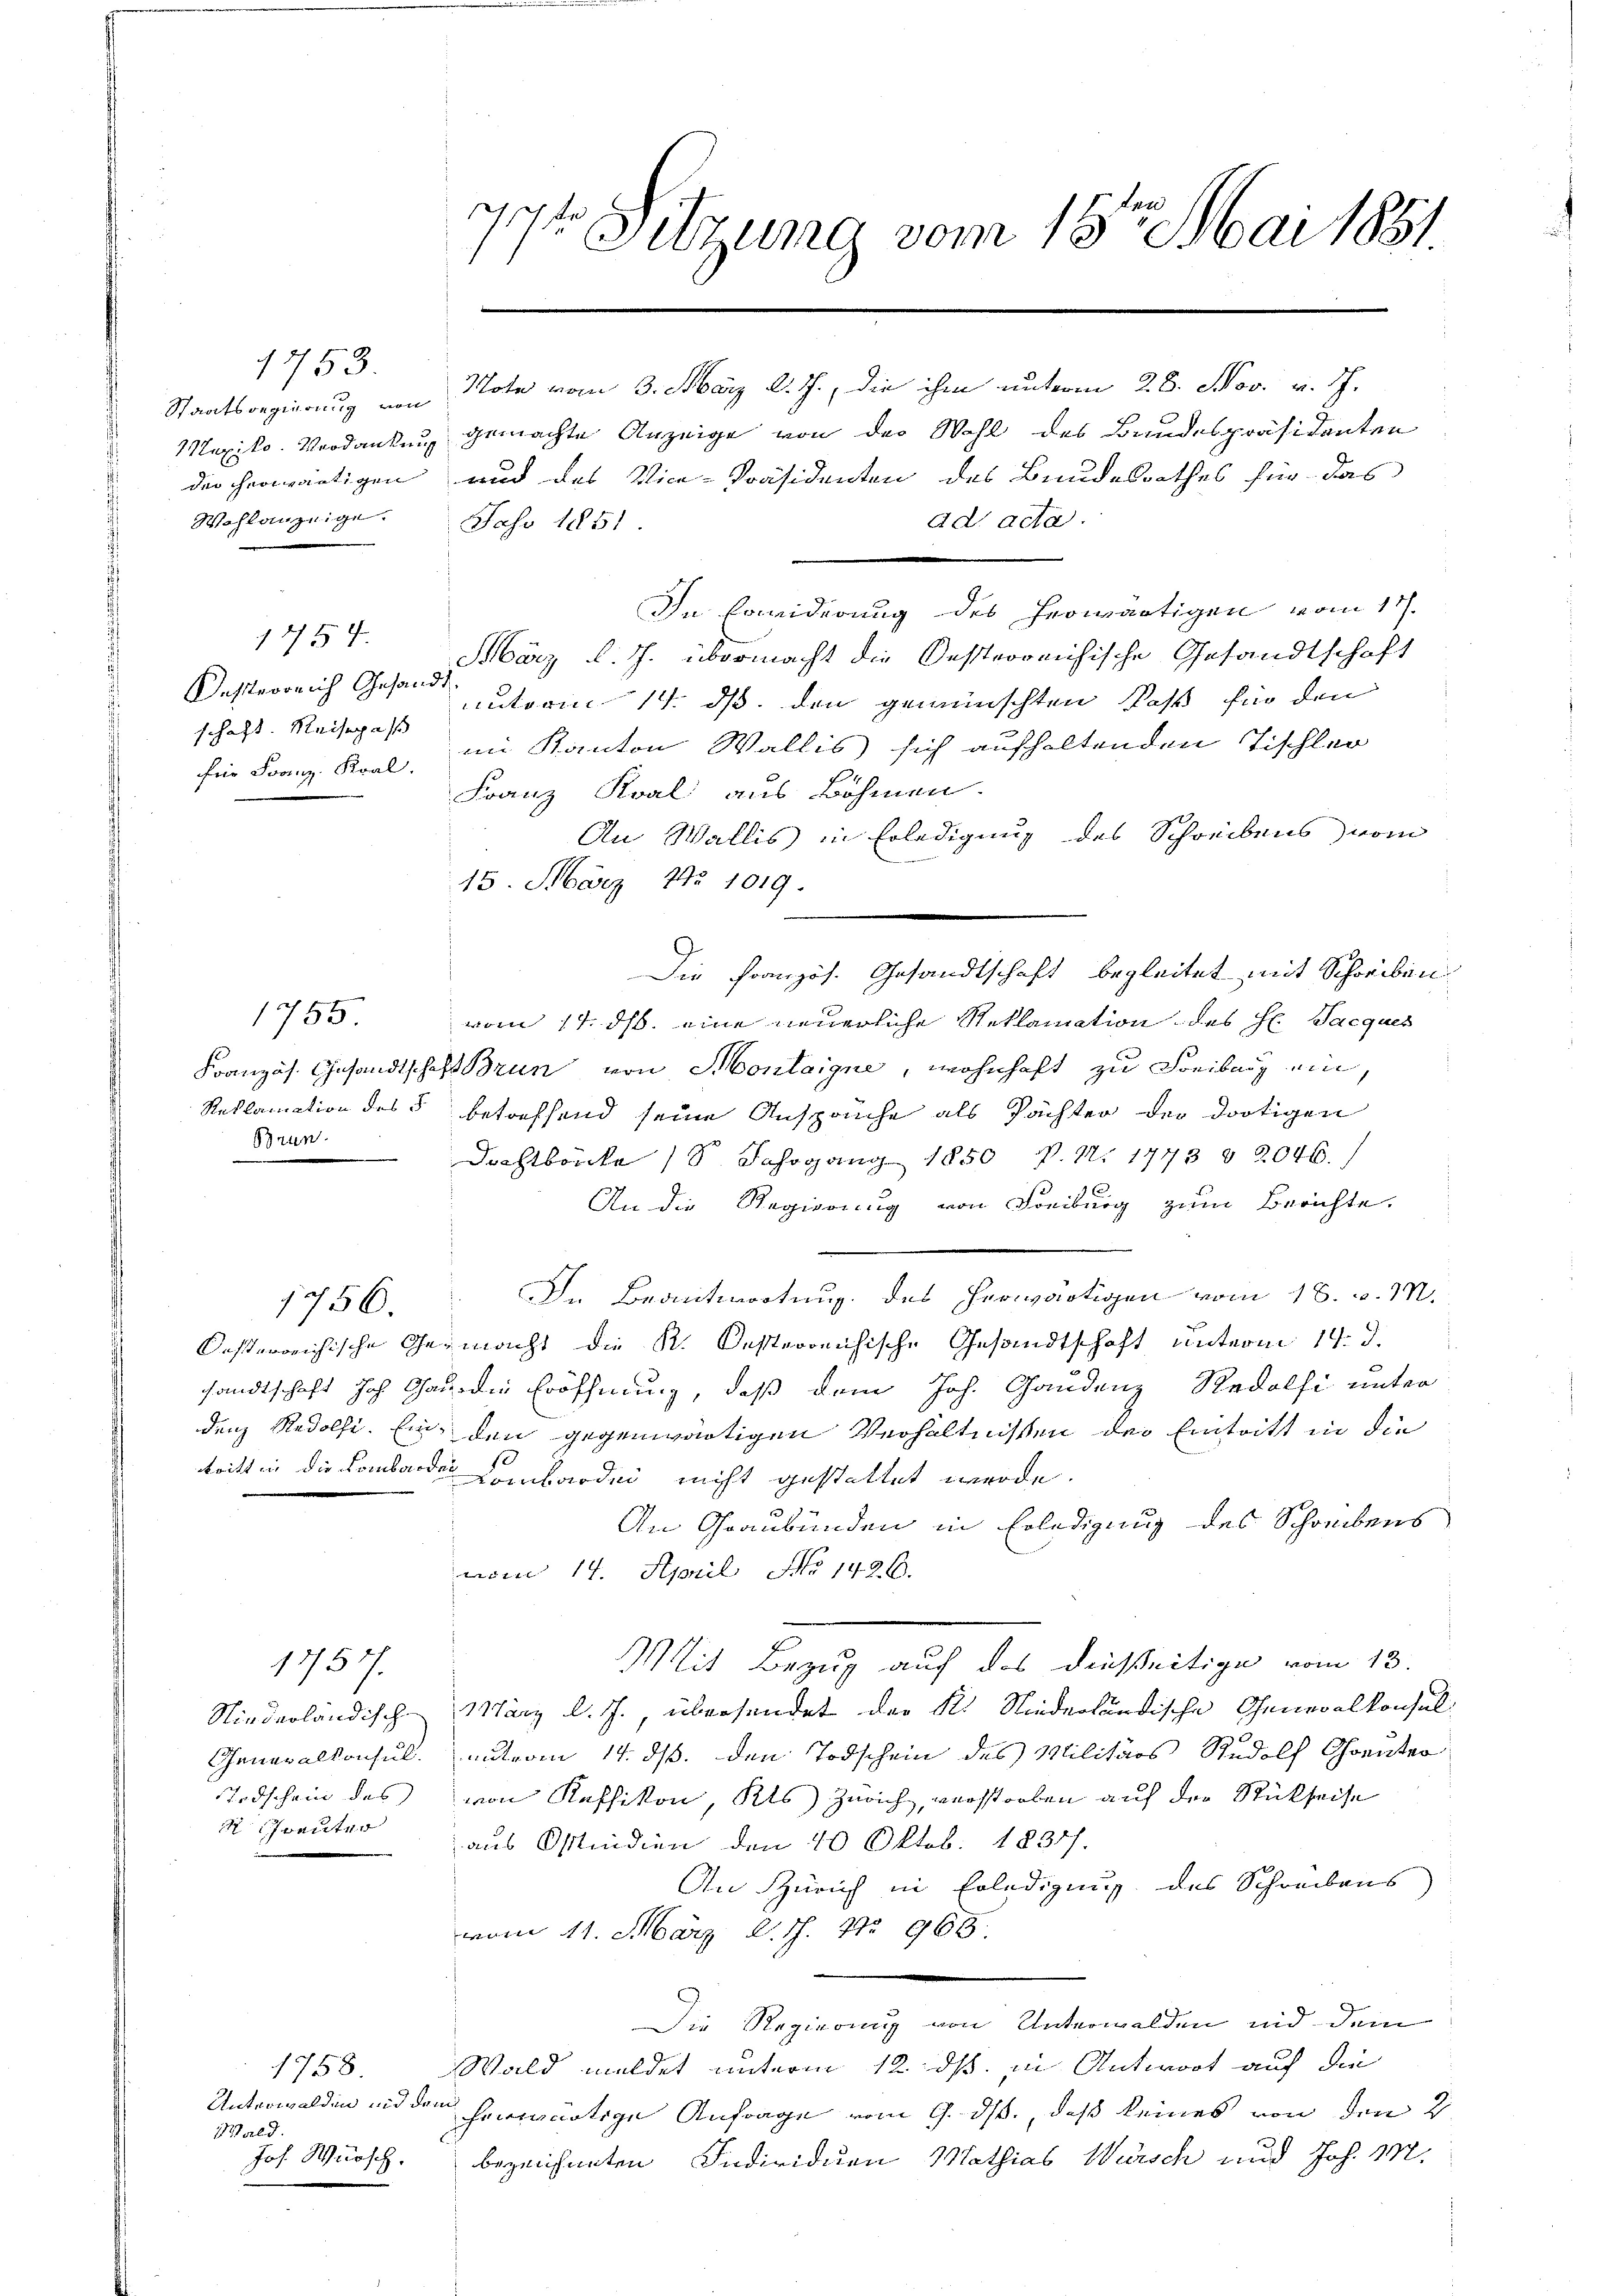
1753.
Mexiko. Verdanken
der herwärtigen
Wohlanzeige.

1454.
Kasterreich Gesandt
schaft. Reisepaß
für Franz Kral.

Brun

1765

Oesterreichische G

Todschein des
 Schreuter

1757.

1756.

1758.
Unterwalden und dem
Wald.
Joh. Wünsch.

r Sitzung vom 18ten Mai 1851.
.

Staatsregierung von Note vom 3. März d. J., die ihm unterm 28. Nov. v. J.
2. gemachte Anzeige von der Wohl des Bandespräsidenten
und das Vice-Präsidenten des Bundesrathes für das
ad acta.
Jass 1851
In Erwiderung des herwärtigen vom 17.
März l. J. übermacht die Oesterreichische Gesandtschaft
cutorin 14. ds. den gewünschten Paß für den
im Kanton Wallis sich aufhaltenden Tischler
Franz Koal aus Böhmen.
An Wallis in Erledigung des Schreibens vom

15. März 192 1019.
vom 17. ds. eine neuerliche Reklamation des H. Jacques
Französ. Gesandtschaft Brun von Montaigne, wohnhaft zu Freibung ein,
Reklamation des 5 betreffend seine Ansprüche als Pächter der dortigen
Dachtbarke 18 Jahrgang 1850 P. Nr. 1773 § 2046.)
An die Regierung von Freiburg zum Berichte
In Beantwortung des herwärtigen vom 18. v. M.
tenmacht die K. Oesterreichische Gesandtschaft unterm 14. d.
sandtschaft hoh Ghau die Eröffnung, daß dem Joh. Gaudenz Redolfi unter
denz Radolfi. Ein den gegenwärtigen Verhältnissen der Eintritt in die
tritt in die Lombarden Lombarden nicht gestattet werde.
An Graubünden in Erledigung des Schreibens
vom 14. April No 1426.
Mit Bezug auf das dießseitige vom 13.
Niederländische März l. J., übersendet der K. Niederländische Generalkonsul
Generalkonsul unt vom 14. ds. den Todschein des Militärs Rudolf Chreuter
von Keffikon, Kts Zürich, verstorben auf der Rückseise
aus Ostindien den 10 Oktob. 1831.
An Zürich in Erledigung des Schreibens
vom 11. März 21. No 968.
Die Regierung von Unterwalden und dem
Wald meldet unterm 12. ds. in Antwort auf die
herwärtige Anfrage vom 9. ds., daß keines von den 2
bezeichneten Individuen Mathias Würsch und Joh. M.

Die Französ. Gesandtschaft begleitet mit Schreiben